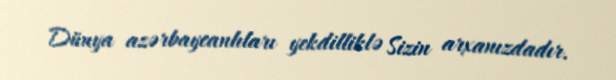
Dünya azərbaycanlıları yekdilliklə Sizin arxanızdadır.